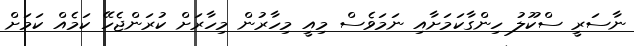
ނާސަރީ ސްކޫލު ހިންގާކަމަށާއި ނަމަވެސް މިއީ މިހާރުން މިހާރަށް ކުރަންޖެހޭ ކަމެއް ކަމަށް